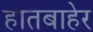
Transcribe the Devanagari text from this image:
हातबाहेर